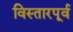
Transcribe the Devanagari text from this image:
विस्तारपूर्व